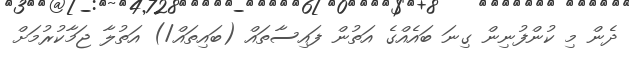
ދެން މި ކުންފުނިން ގިނަ ބައެއްގެ އަތުން ފައިސާތައް (ބައިތައް/) އަތުލާ ޖަމާކުރުމަށް